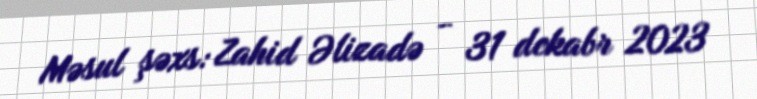
Məsul şəxs: Zahid Əlizadə - 31 dekabr 2023